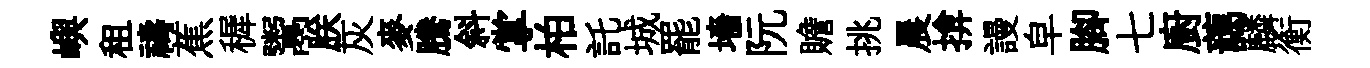
嶼租禱蕉穉鬻朕灰麥騰斜掌柏託城罷墻阮贍挑晨揜謾皁腳七廚藹麟衡